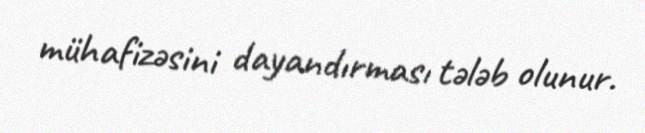
mühafizəsini dayandırması tələb olunur.